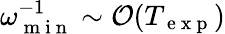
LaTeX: \omega_{\mathrm{~m~i~n~}}^{-1}\sim\mathcal{O}(T_{\mathrm{~e~x~p~}})